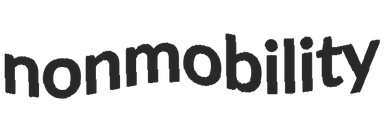
nonmobility